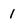
Character: 1